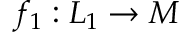
f _ { 1 } : L _ { 1 } \to M